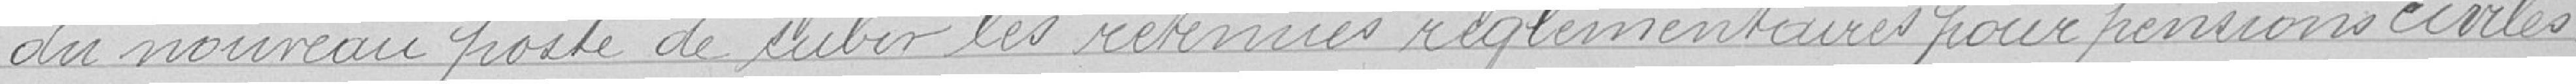
du nouveau poste de subir les retenues règlementaires pour pensions civiles.